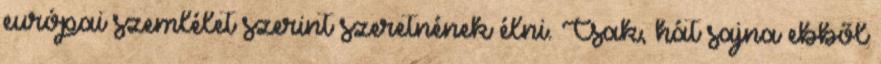
európai szemlélet szerint szeretnének élni. Csak, hát sajna ebből